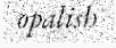
opalish